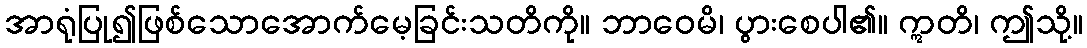
အာရုံပြု၍ဖြစ်သောအောက်မေ့ခြင်းသတိကို။ ဘာဝေမိ၊ ပွားစေပါ၏။ ဣတိ၊ ဤသို့။